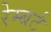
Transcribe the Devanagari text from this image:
रेम्बर्ट